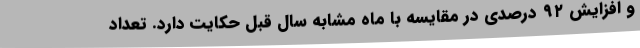
و افزایش ۹۲ درصدی در مقایسه با ماه مشابه سال قبل حکایت دارد. تعداد